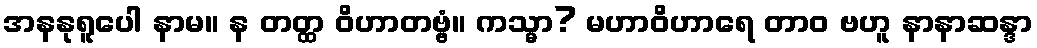
အနနုရူပေါ နာမ။ န တတ္ထ ဝိဟာတဗ္ဗံ။ ကသ္မာ? မဟာဝိဟာရေ တာဝ ဗဟူ နာနာဆန္ဒာ